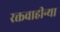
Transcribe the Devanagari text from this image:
रक्तवाहीन्या